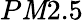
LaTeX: P\mathit{M}2.5